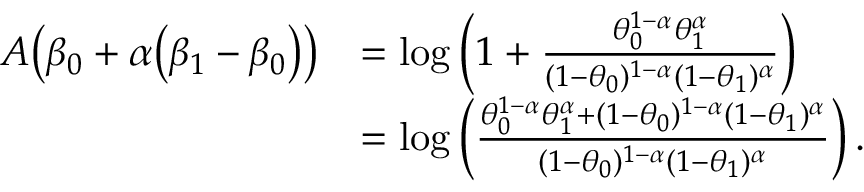
\begin{array} { r l } { A \big ( \beta _ { 0 } + \alpha \big ( \beta _ { 1 } - \beta _ { 0 } \big ) \big ) } & { = \log \left( 1 + \frac { \theta _ { 0 } ^ { 1 - \alpha } \theta _ { 1 } ^ { \alpha } } { ( 1 - \theta _ { 0 } ) ^ { 1 - \alpha } ( 1 - \theta _ { 1 } ) ^ { \alpha } } \right) } \\ & { = \log \left( \frac { \theta _ { 0 } ^ { 1 - \alpha } \theta _ { 1 } ^ { \alpha } + ( 1 - \theta _ { 0 } ) ^ { 1 - \alpha } ( 1 - \theta _ { 1 } ) ^ { \alpha } } { ( 1 - \theta _ { 0 } ) ^ { 1 - \alpha } ( 1 - \theta _ { 1 } ) ^ { \alpha } } \right) . } \end{array}